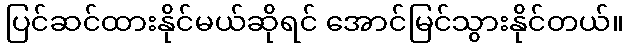
ပြင်ဆင်ထားနိုင်မယ်ဆိုရင် အောင်မြင်သွားနိုင်တယ်။